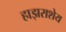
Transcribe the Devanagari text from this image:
हाझराशेय